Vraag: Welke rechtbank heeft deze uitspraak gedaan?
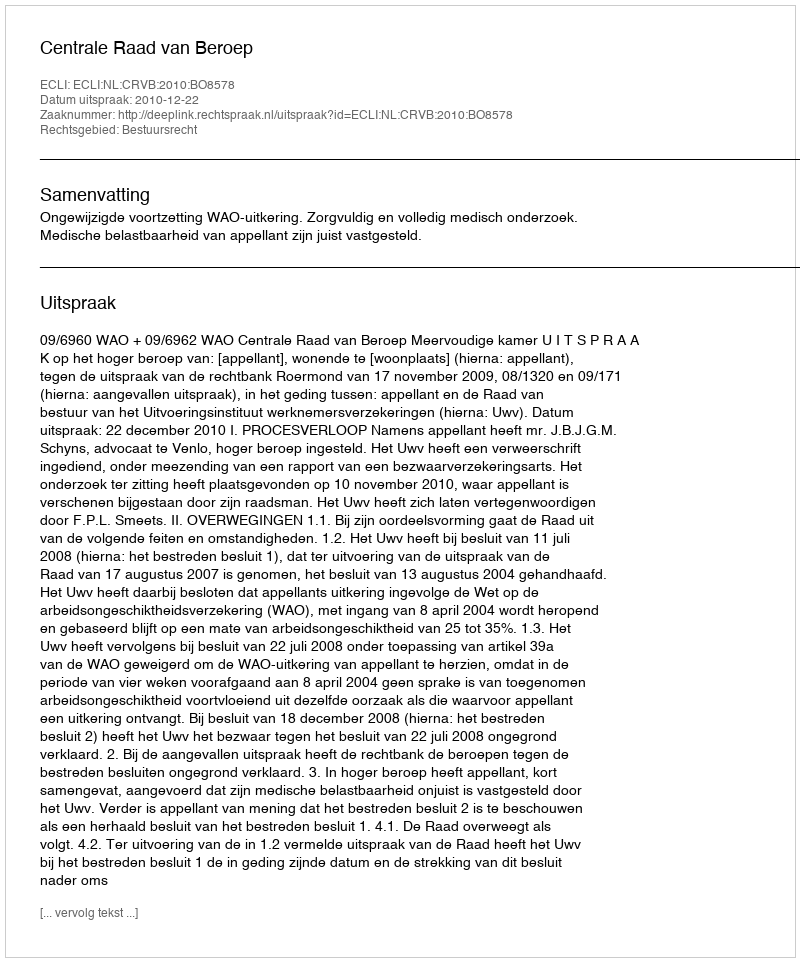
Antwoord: Centrale Raad van Beroep